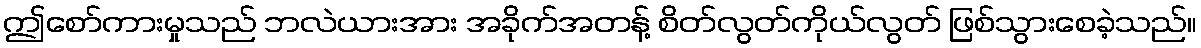
ဤစော်ကားမှုသည် ဘလဲယားအား အခိုက်အတန့် စိတ်လွတ်ကိုယ်လွတ် ဖြစ်သွားစေခဲ့သည်။